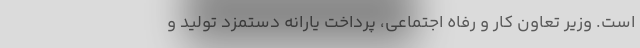
است. وزیر تعاون کار و رفاه اجتماعی، پرداخت یارانه دستمزد تولید و